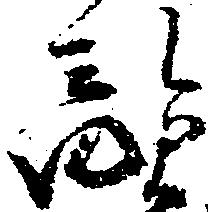
敵